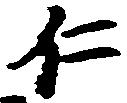
仁